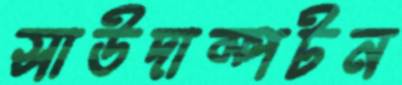
সাউদাম্পটন